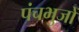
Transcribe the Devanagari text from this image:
पंचभुजों